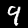
Label: 9